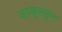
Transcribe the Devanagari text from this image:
काबूलहून